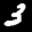
Label: 3